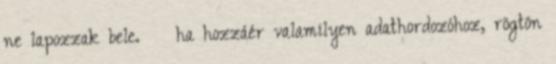
ne lapozzak bele. ❱❱ ha hozzáér valamilyen adathordozóhoz, rögtön